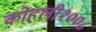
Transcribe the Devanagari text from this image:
कोहली२००८